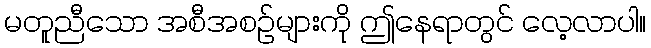
မတူညီသော အစီအစဉ်များကို ဤနေရာတွင် လေ့လာပါ။